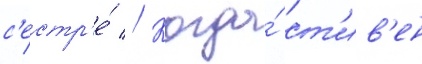
с'естр'е́ // Когда́ ст'ив'ен